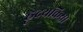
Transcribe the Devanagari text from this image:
ह्रृदयक्रिया